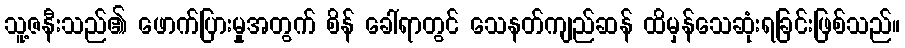
သူ့ဇနီးသည်၏ ဖောက်ပြားမှုအတွက် စိန် ခေါ်ရာတွင် သေနတ်ကျည်ဆန် ထိမှန်သေဆုံးရခြင်းဖြစ်သည်။